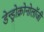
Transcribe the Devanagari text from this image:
डेन्ड्रोक्रोनोलॉजी